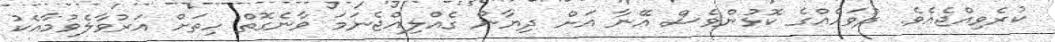
ކުރެވިއްޖެއެވެ. ދުވަހެއްގެ ކޮޅުންވެސް އޭނާ އަށް ދިޔާން ގެއްލިއްޖެނަމަ ވާނެގޮތް ހިތަށް އަރުވާލެވުމާއެކު